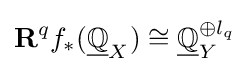
\mathbf {R} ^{q}f_{*}({\underline {\mathbb {Q} }}_{X})\cong {\underline {\mathbb {Q} }}_{Y}^{\oplus l_{q}}